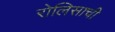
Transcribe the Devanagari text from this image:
रोलिसाची